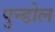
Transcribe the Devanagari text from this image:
पुन्डोल